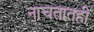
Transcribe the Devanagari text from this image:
नाचतातही